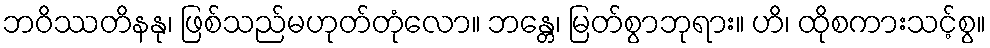
ဘဝိဿတိနနု၊ ဖြစ်သည်မဟုတ်တုံလော။ ဘန္တေ၊ မြတ်စွာဘုရား။ ဟိ၊ ထိုစကားသင့်စွ။